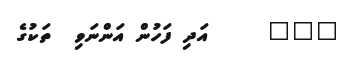
١١٩     އަދި ފަހުން އަންނަވި  ތަކުގެ